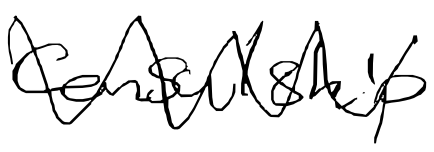
Text: consulship
Cross-out: zig-zag
Writing tool: digital_black